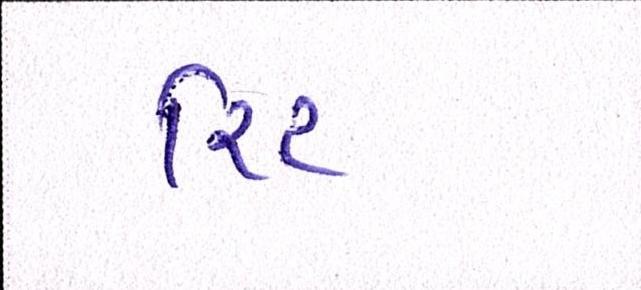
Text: રિટ